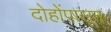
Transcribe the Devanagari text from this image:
दोहोंपासून